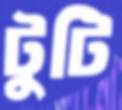
টুটি